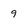
Character: 9